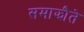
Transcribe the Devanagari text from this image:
समाझौते